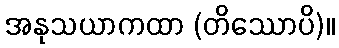
အနုသယာကထာ (တိဿောပိ)။